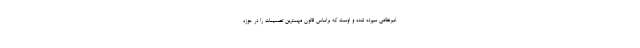
غیرنظامی سپرده شده و اوست که براساس قانون مهمترین تصمیمات را در حوزه